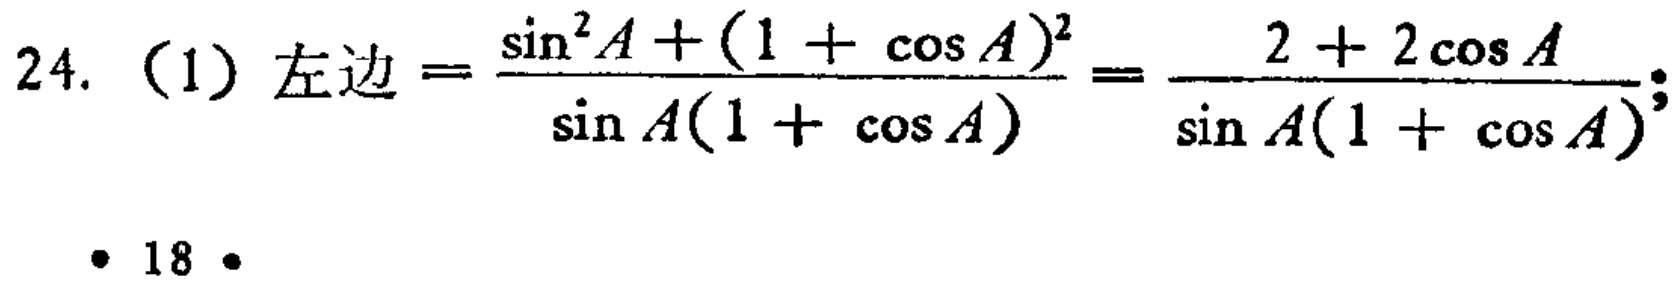
24. (1) 左边$=\frac{\sin^{2}A+(1 + \cos A)^{2}}{\sin A(1 + \cos A)}=\frac{2 + 2\cos A}{\sin A(1 + \cos A)};$

• 18 •